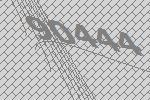
90444